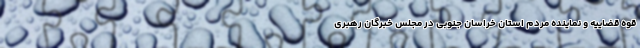
قوه قضاییه و نماینده مردم استان خراسان جنوبی در مجلس خبرگان رهبری